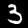
Label: 3